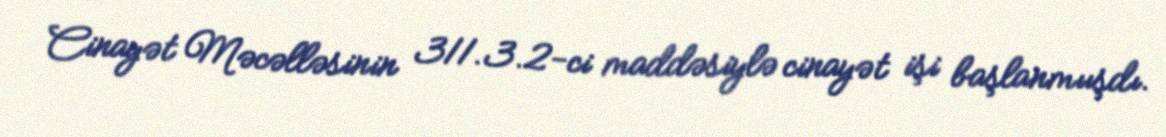
Cinayət Məcəlləsinin 311.3.2-ci maddəsiylə cinayət işi başlanmıışdı.